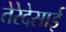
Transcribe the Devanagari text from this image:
तेरेदेसाई